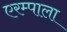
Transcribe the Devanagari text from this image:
एरम्पाला